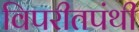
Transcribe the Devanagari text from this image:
विपरीतपंथी